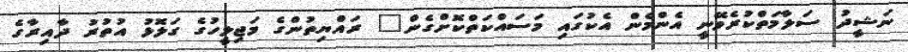
ނަޝީދު ސަލާމަތްކުރެވޭނީ އެންމެން އެކުގައި މަސައްކަތްކޮށްގެން" ރައްޔިތުންގެ މަޖިލީހުގެ ގަލޮޅު އުތުރު ދާއިރާގެ